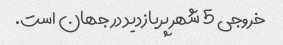
خروجی 5 شهر پربازدید در جهان است.